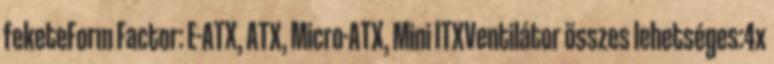
feketeForm Factor: E-ATX, ATX, Micro-ATX, Mini ITXVentilátor összes lehetséges:4x